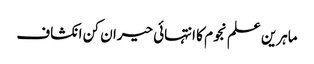
ماہرین علم نجوم کا انتہائی حیران کن انکشاف